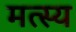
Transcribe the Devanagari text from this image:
मत्स्‍य